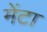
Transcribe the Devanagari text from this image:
मेंटा